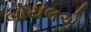
બોયલએ